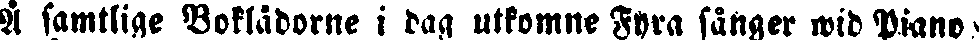
Å samtlige Boklädorne i dag utkomne Fyra sånger wid Piano'